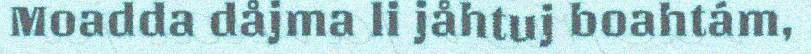
Moadda dåjma li jåhtuj boahtám,